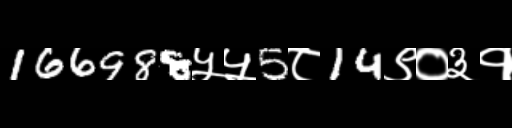
Text: 166988५५5८14९०३१